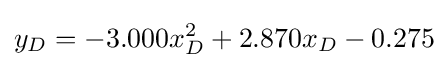
y_{D}=-3.000x_{D}^{2}+2.870x_{D}-0.275